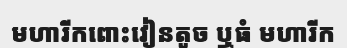
មហារីកពោះវៀនតូច ឬធំ មហារីក